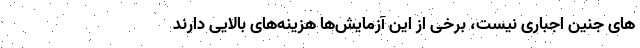
های جنین اجباری نیست، برخی از این آزمایش‌ها هزینه‌های بالایی دارند